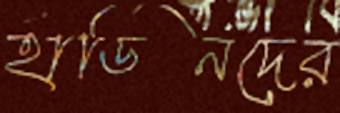
হাডিনদের